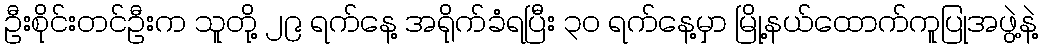
ဦးစိုင်းတင်ဦးက သူတို့ ၂၉ ရက်နေ့ အရိုက်ခံရပြီး ၃၀ ရက်နေ့မှာ မြို့နယ်ထောက်ကူပြုအဖွဲ့နဲ့